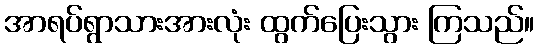
အာရပ်ရွာသားအားလုံး ထွက်ပြေးသွား ကြသည်။